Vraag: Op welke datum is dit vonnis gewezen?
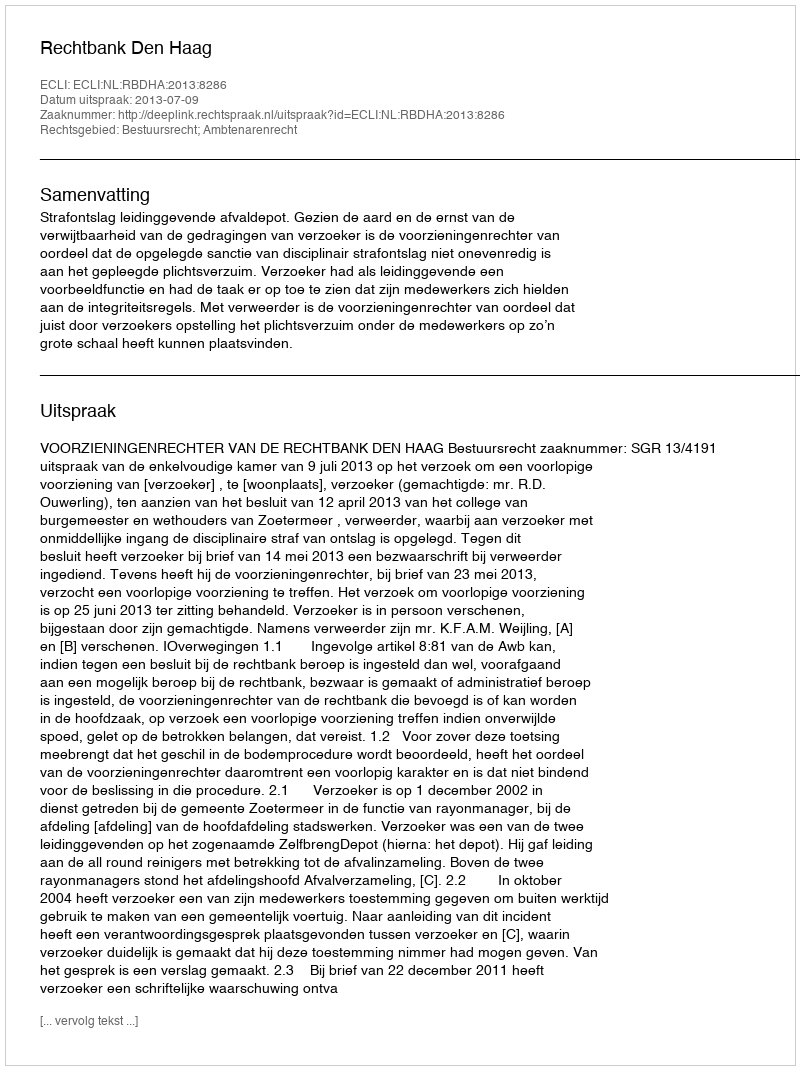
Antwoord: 2013-07-09